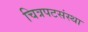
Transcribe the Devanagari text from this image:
चित्रपटसंस्था